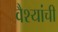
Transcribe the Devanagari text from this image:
वैश्यांची